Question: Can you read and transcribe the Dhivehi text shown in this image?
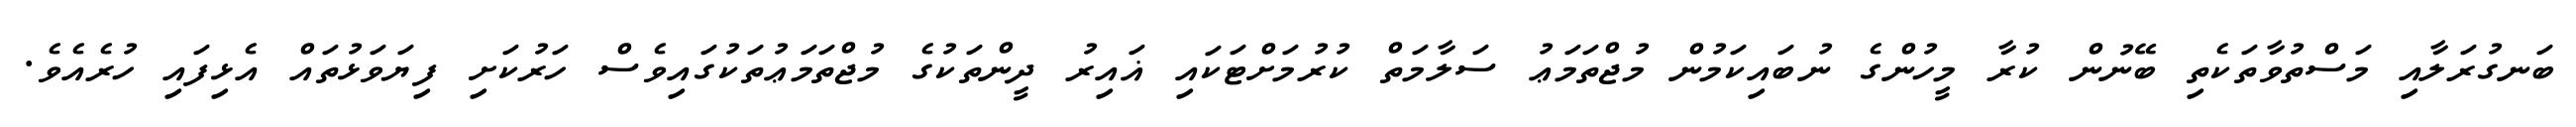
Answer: ބަނގުރަލާއި މަސްތުވާތަކެތި ބޭނުން ކުރާ މީހުންގެ ނުބައިކަމުން މުޖްތަމަޢު ސަލާމަތް ކުރުމަށްޓަކައި ޣައިރު ދީންތަކުގެ މުޖްތަމަޢުތަކުގައިވެސް ހަރުކަށި ފިޔަވަޅުތައް އެޅިފައި ހުރެއެވެ.